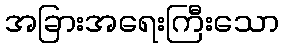
အခြားအရေးကြီးသော